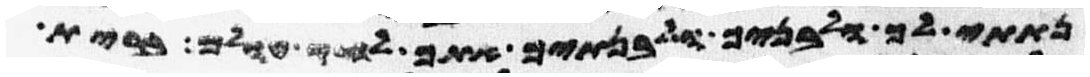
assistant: נתתי לך ולבניך ולבנתיך אתך לחק עולם ברית